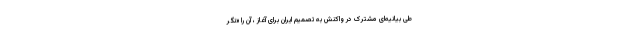
طی بیانیه‌ای مشترک در واکنش به تصمیم ایران برای آغاز ، آن را «نگر